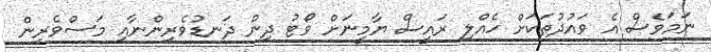
ނަމަވެސް އެ ވައުދުތަކަށް ހެއްލި ރައީސް ޔާމީނަށް ވޯޓު ދިން ދަނޑުވެރިންނާއި މަސްވެރިން